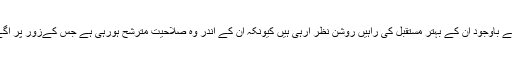
زبان و بیان پر بھی کافی محنت درکار ہے، اس کے باوجود ان کے بہتر مستقبل کی راہیں روشن نظر آرہی ہیں کیونکہ ان کے اندر وہ صلاحیت مترشح ہورہی ہے جس کےزور پر آگے کے راستے کو صاف و شفاف بنایا جاسکتا ہے۔